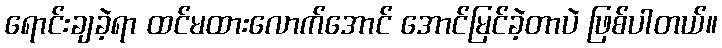
ရောင်းချခဲ့ရာ ထင်မထားလောက်အောင် အောင်မြင်ခဲ့တာပဲ ဖြစ်ပါတယ်။